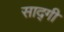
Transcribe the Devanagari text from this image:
साद्गी